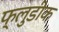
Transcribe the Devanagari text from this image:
फ्लुडीक